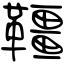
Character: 韁